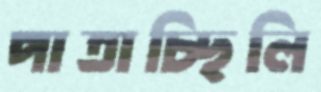
পাতাচ্ছিলি